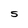
Character: 5